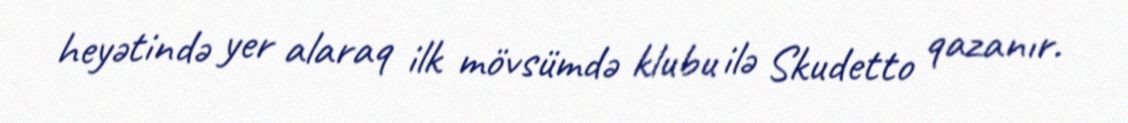
heyətində yer alaraq ilk mövsümdə klubu ilə Skudetto qazanır.